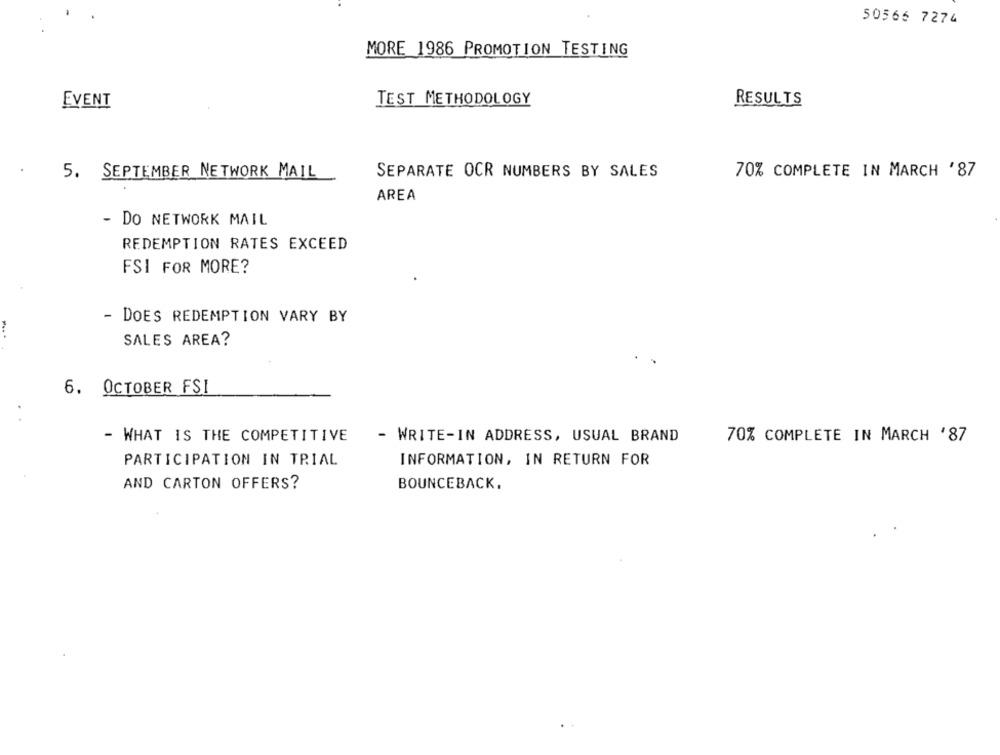
50566 7274
MORE 1986 PROMOTION TESTING
EVENT
TEST METHODOLOGY
RESULTS
5. SEPTEMBER NETWORK MAIL
SEPARATE OCR NUMBERS BY SALES
70% COMPLETE IN MARCH '87
AREA
- DO NETWORK MAIL
REDEMPTION RATES EXCEED
FSI FOR MORE?
- DOES REDEMPTION VARY BY
SALES AREA?
6. OCTOBER FSI
..
- WHAT IS THE COMPETITIVE
- WRITE-IN ADDRESS, USUAL BRAND
70% COMPLETE IN MARCH '87
PARTICIPATION IN TRIAL
INFORMATION, IN RETURN FOR
AND CARTON OFFERS?
BOUNCEBACK,